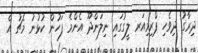
ދިރާގު ދިވެހި ޕްރިމިއަރ ލީގުގައި ނިލަންދޫ އެންމެ ފަހުން ކުޅުނު މެޗު އެ